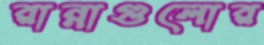
রান্নাগুলোর